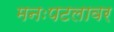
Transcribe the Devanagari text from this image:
मनःपटलावर